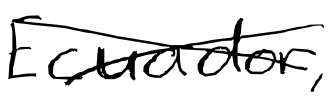
Text: Ecuador,
Cross-out: mix
Writing tool: digital_black